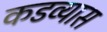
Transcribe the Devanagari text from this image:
कडव्यास